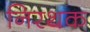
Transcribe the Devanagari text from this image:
निरथक